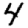
Digit: 4